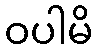
ဝပါမိ